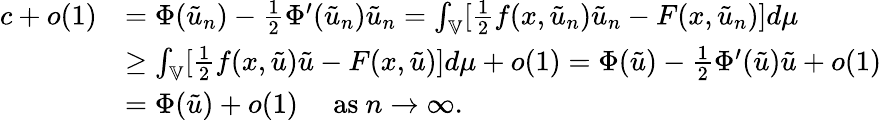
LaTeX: \begin{array}{rl}{c+o(1)}&{=\Phi(\tilde{u}_{n})-\frac{1}{2}\Phi^{\prime}(\tilde{u}_{n})\tilde{u}_{n}=\int_{\mathbb{V}}[\frac{1}{2}f(x,\tilde{u}_{n})\tilde{u}_{n}-F(x,\tilde{u}_{n})]d\mu}\\ &{\geq\int_{\mathbb{V}}[\frac{1}{2}f(x,\tilde{u})\tilde{u}-F(x,\tilde{u})]d\mu+o(1)=\Phi(\tilde{u})-\frac{1}{2}\Phi^{\prime}(\tilde{u})\tilde{u}+o(1)}\\ &{=\Phi(\tilde{u})+o(1)\quad\mathrm{~as~}n\to\infty.}\end{array}